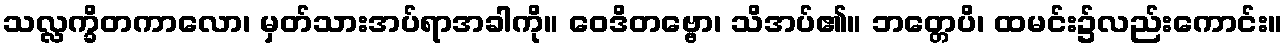
သလ္လက္ခိတကာလော၊ မှတ်သားအပ်ရာအခါကို။ ဝေဒိတဗ္ဗော၊ သိအပ်၏။ ဘတ္တေပိ၊ ထမင်း၌လည်းကောင်း။